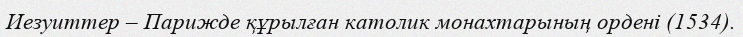
Иезуиттер – Парижде құрылған католик монахтарының ордені (1534).